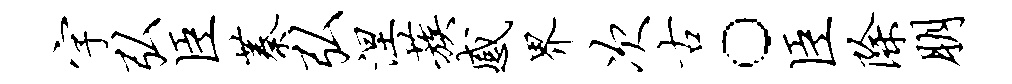
字弘臣蓁弘涅蔟感界次古。臣除朋